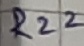
Text: R22